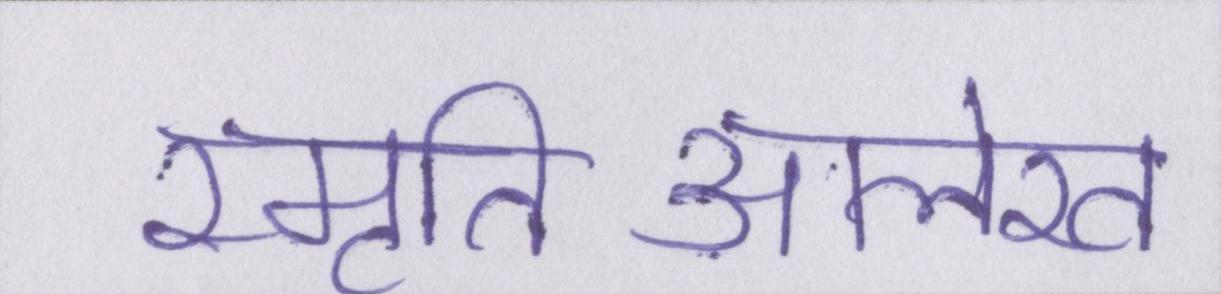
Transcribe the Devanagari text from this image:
स्मृतिआलेख